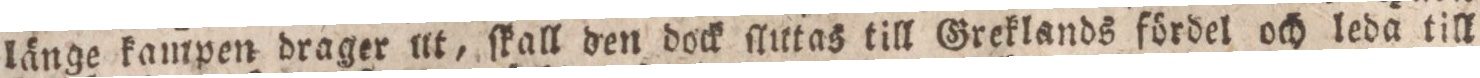
länge kampen drager ut, ſkall den dock ſlutas till Greklands fördel och leda till